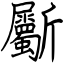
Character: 斸